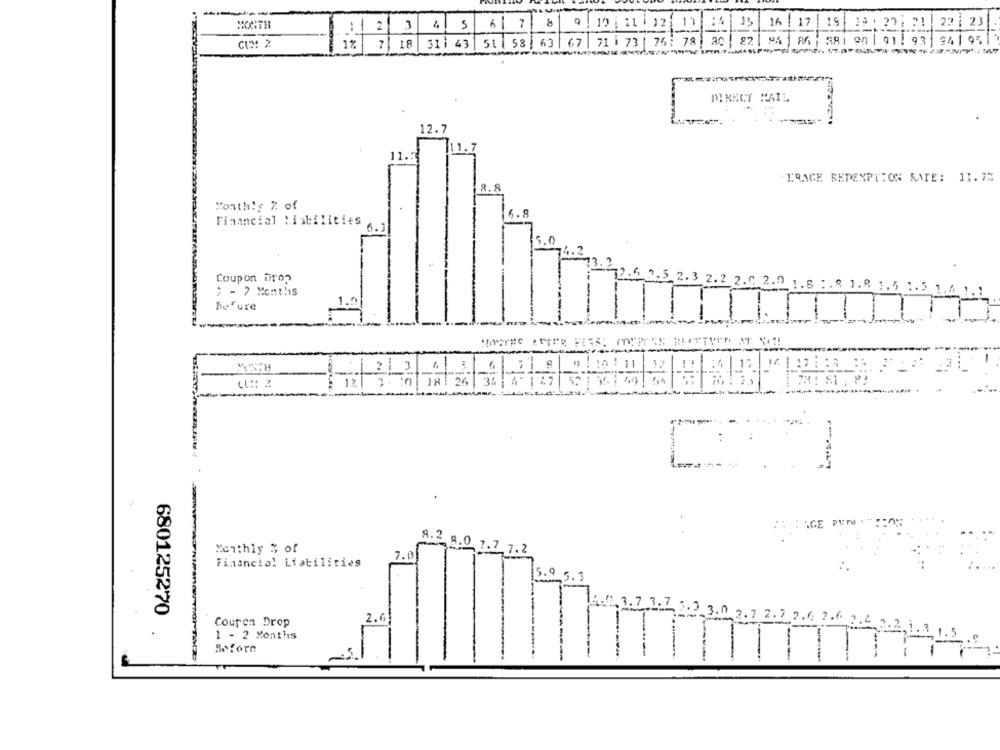
MONTH
11 2 3 4 5 6 7 8 9 19 11 32
16 17 19
15: 22: 21 22 23
CIM 2
1% 7|18 31/ 43 51 58| 63 67 71i 73 76: 78 20| 22/06/ 86 381 90| 01/ 93 94/95/
DIRECT MAIL
12.7
--
11 .:
. TRAGE REDENPTION RATE: 11.7%
8.8
Month's % of
. 8
Financial Liabilities
6.3
5.0
Coupon Drop
; - 7 Months
2.3 2.2 2.0 2.0 1.8 : . 8 1.8 1.5 1.5
Befure
1.2
10 : 11
: HAGE PYN
8.2
Monthly % of
7.0
8.2 a.0 7.7 7.2
Financial Liabilities
.9 5.3
3.7 .3.7
680125270
3.
Couren Drop
2.0
. 7 7.6 2.6 2.2.3.
21.
1 - 2 Months
Before